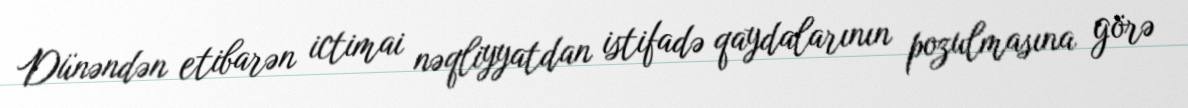
Dünəndən etibarən ictimai nəqliyyatdan istifadə qaydalarının pozulmasına görə